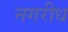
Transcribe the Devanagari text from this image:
नगरीध